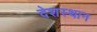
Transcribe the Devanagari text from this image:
देशस्थान